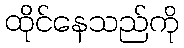
ထိုင်နေသည်ကို